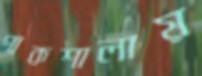
পাকশালায়